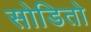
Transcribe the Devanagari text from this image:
सोडितो